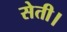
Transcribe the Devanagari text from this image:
सेती।